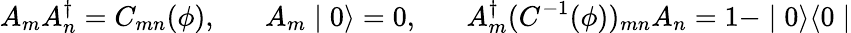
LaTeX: A_{m}A_{n}^{\dagger}=C_{mn}(\phi),\; \; \; \; \; \; A_{m}\mid 0\rangle=0,\; \; \; \; \; \; A_{m}^{\dagger}(C^{-1}(\phi))_{mn}A_{n}=1-\mid 0\rangle\langle 0\mid